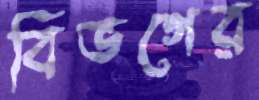
বিভগের